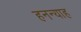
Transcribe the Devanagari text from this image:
हनन्याह